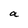
Character: a